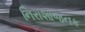
નિરાશાજનક